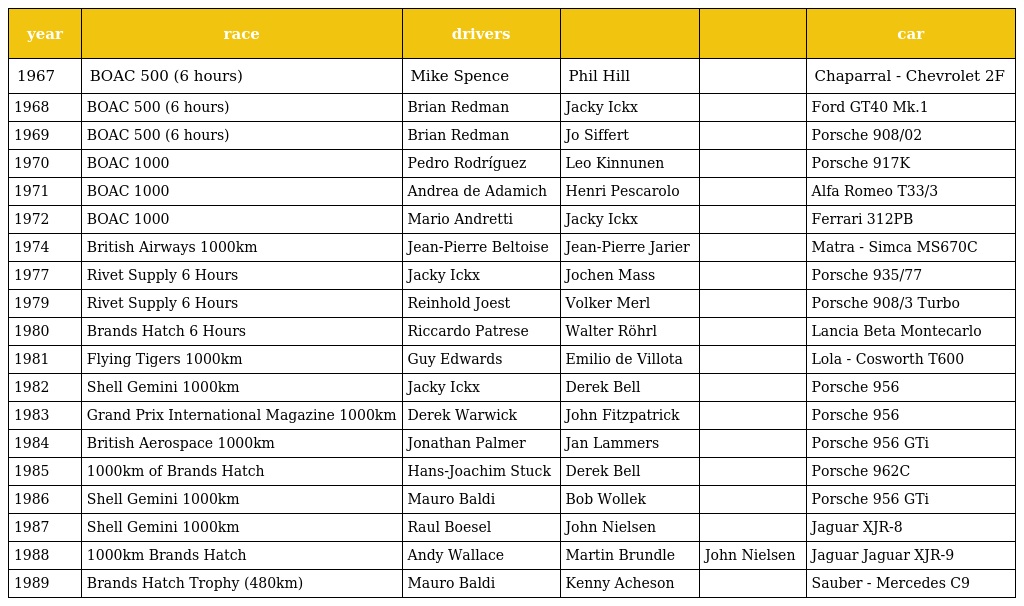
| year | race | drivers |  |  | car |
 | --- | --- | --- | --- | --- | --- |
 | 1967 | BOAC 500 (6 hours) | Mike Spence | Phil Hill |  | Chaparral - Chevrolet 2F |
 | 1968 | BOAC 500 (6 hours) | Brian Redman | Jacky Ickx |  | Ford GT40 Mk.1 |
 | 1969 | BOAC 500 (6 hours) | Brian Redman | Jo Siffert |  | Porsche 908/02 |
 | 1970 | BOAC 1000 | Pedro Rodríguez | Leo Kinnunen |  | Porsche 917K |
 | 1971 | BOAC 1000 | Andrea de Adamich | Henri Pescarolo |  | Alfa Romeo T33/3 |
 | 1972 | BOAC 1000 | Mario Andretti | Jacky Ickx |  | Ferrari 312PB |
 | 1974 | British Airways 1000km | Jean-Pierre Beltoise | Jean-Pierre Jarier |  | Matra - Simca MS670C |
 | 1977 | Rivet Supply 6 Hours | Jacky Ickx | Jochen Mass |  | Porsche 935/77 |
 | 1979 | Rivet Supply 6 Hours | Reinhold Joest | Volker Merl |  | Porsche 908/3 Turbo |
 | 1980 | Brands Hatch 6 Hours | Riccardo Patrese | Walter Röhrl |  | Lancia Beta Montecarlo |
 | 1981 | Flying Tigers 1000km | Guy Edwards | Emilio de Villota |  | Lola - Cosworth T600 |
 | 1982 | Shell Gemini 1000km | Jacky Ickx | Derek Bell |  | Porsche 956 |
 | 1983 | Grand Prix International Magazine 1000km | Derek Warwick | John Fitzpatrick |  | Porsche 956 |
 | 1984 | British Aerospace 1000km | Jonathan Palmer | Jan Lammers |  | Porsche 956 GTi |
 | 1985 | 1000km of Brands Hatch | Hans-Joachim Stuck | Derek Bell |  | Porsche 962C |
 | 1986 | Shell Gemini 1000km | Mauro Baldi | Bob Wollek |  | Porsche 956 GTi |
 | 1987 | Shell Gemini 1000km | Raul Boesel | John Nielsen |  | Jaguar XJR-8 |
 | 1988 | 1000km Brands Hatch | Andy Wallace | Martin Brundle | John Nielsen | Jaguar Jaguar XJR-9 |
 | 1989 | Brands Hatch Trophy (480km) | Mauro Baldi | Kenny Acheson |  | Sauber - Mercedes C9 |